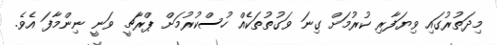
މިދަތުރުގައި ވިޔަފާރި ކުރުމަށް ގިނަ ވަގުތުތަކެއް ހުސްކުރުމަށް ޕްރާޗީ ވަނީ ނިންމާފަ އެވެ.